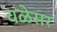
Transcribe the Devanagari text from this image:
वळेसर